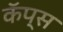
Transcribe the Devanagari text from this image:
कॅप्स